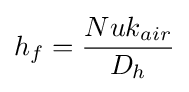
h_{f}={\frac {Nuk_{air}}{D_{h}}}